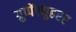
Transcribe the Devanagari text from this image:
ग्रुप्पेंफ्युहरर